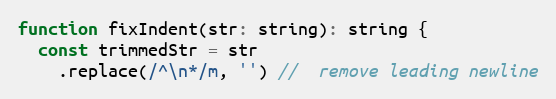
Language: JavaScript
function fixIndent(str: string): string {
  const trimmedStr = str
    .replace(/^\n*/m, '') //  remove leading newline